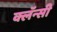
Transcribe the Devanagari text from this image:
क्लॅन्सी